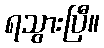
ရသွားပြီ။